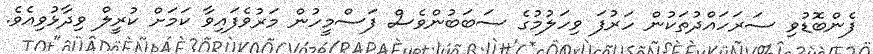
ފެންބޮޑުވި ސަރަހައްދުތަކުން ހަރުފަ ވިހަލުމުގެ ސަބަބުންވެސް ފަސްމީހުން މަރުވެފައިވާ ކަމަށް ކުރީލް ވިދާޅުވިއެވެ.